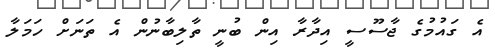
އެ ގައުމުގެ ޖާސޫސީ އިދާރާ އިން ބުނީ ތާލިބާނުން އެ ތަނަށް ހަމަލާ